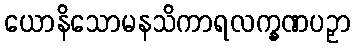
ယောနိသောမနသိကာရလက္ခဏပဉှာ